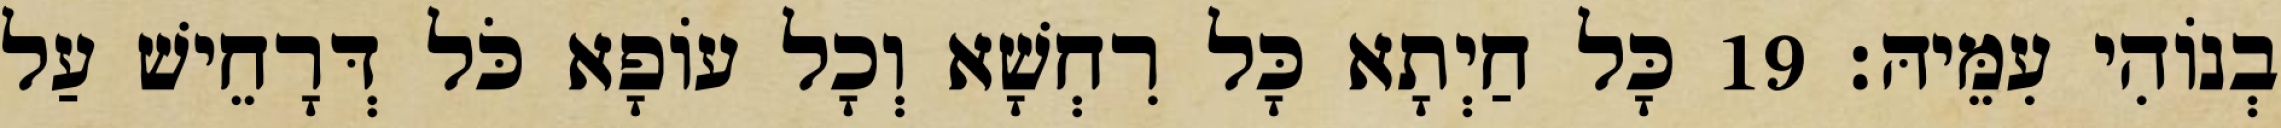
בְנוֹהִי עִמֵּיהּ׃ 19 כָּל חַיְתָא כָּל רִחְשָׁא וְכָל עוֹפָא כֹּל דְּרָחֵישׁ עַל